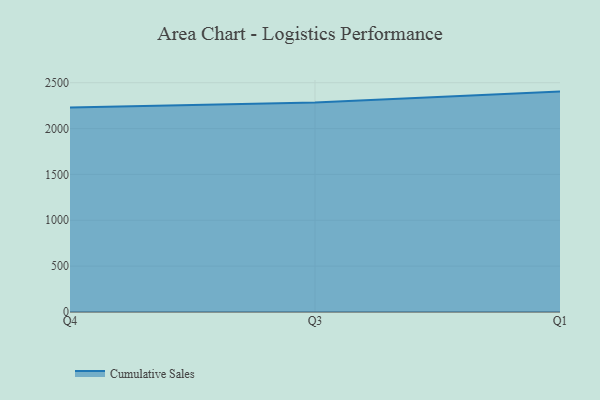
{"axis": {"x": "Quarter", "y": "Tickets Resolved"}, "legend": ["Cumulative Sales"], "data": [{"x": "Q4", "y": 2229.0, "type": "Cumulative Sales"}, {"x": "Q3", "y": 2284.8, "type": "Cumulative Sales"}, {"x": "Q1", "y": 2403.1, "type": "Cumulative Sales"}]}